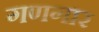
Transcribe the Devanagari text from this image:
गणगार